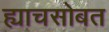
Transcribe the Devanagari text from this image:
ह्याचसोबत